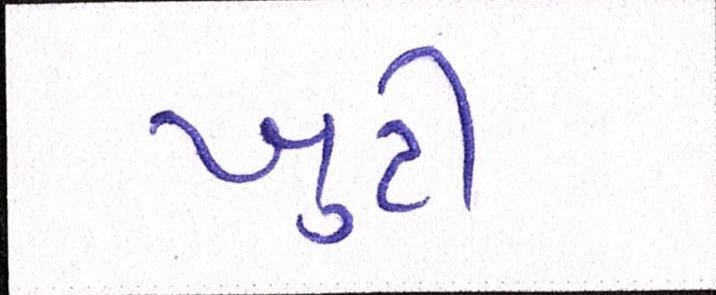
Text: ખુટી